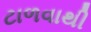
ટાળવાથી